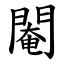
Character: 閹